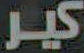
كير